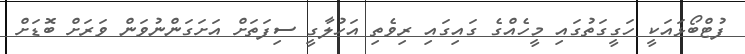
ފުޓްބޯޅައަކީ ހަގީގަތުގައި މީހެއްގެ ގައިގައި ރިވެތި އަހުލާގީ ސިފަތަށް އަށަގަންނުވަން ވަރަށް ބޮޑަށް